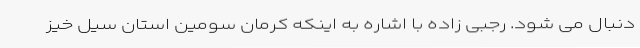
دنبال می شود. رجبی زاده با اشاره به اینکه کرمان سومین استان سیل خیز